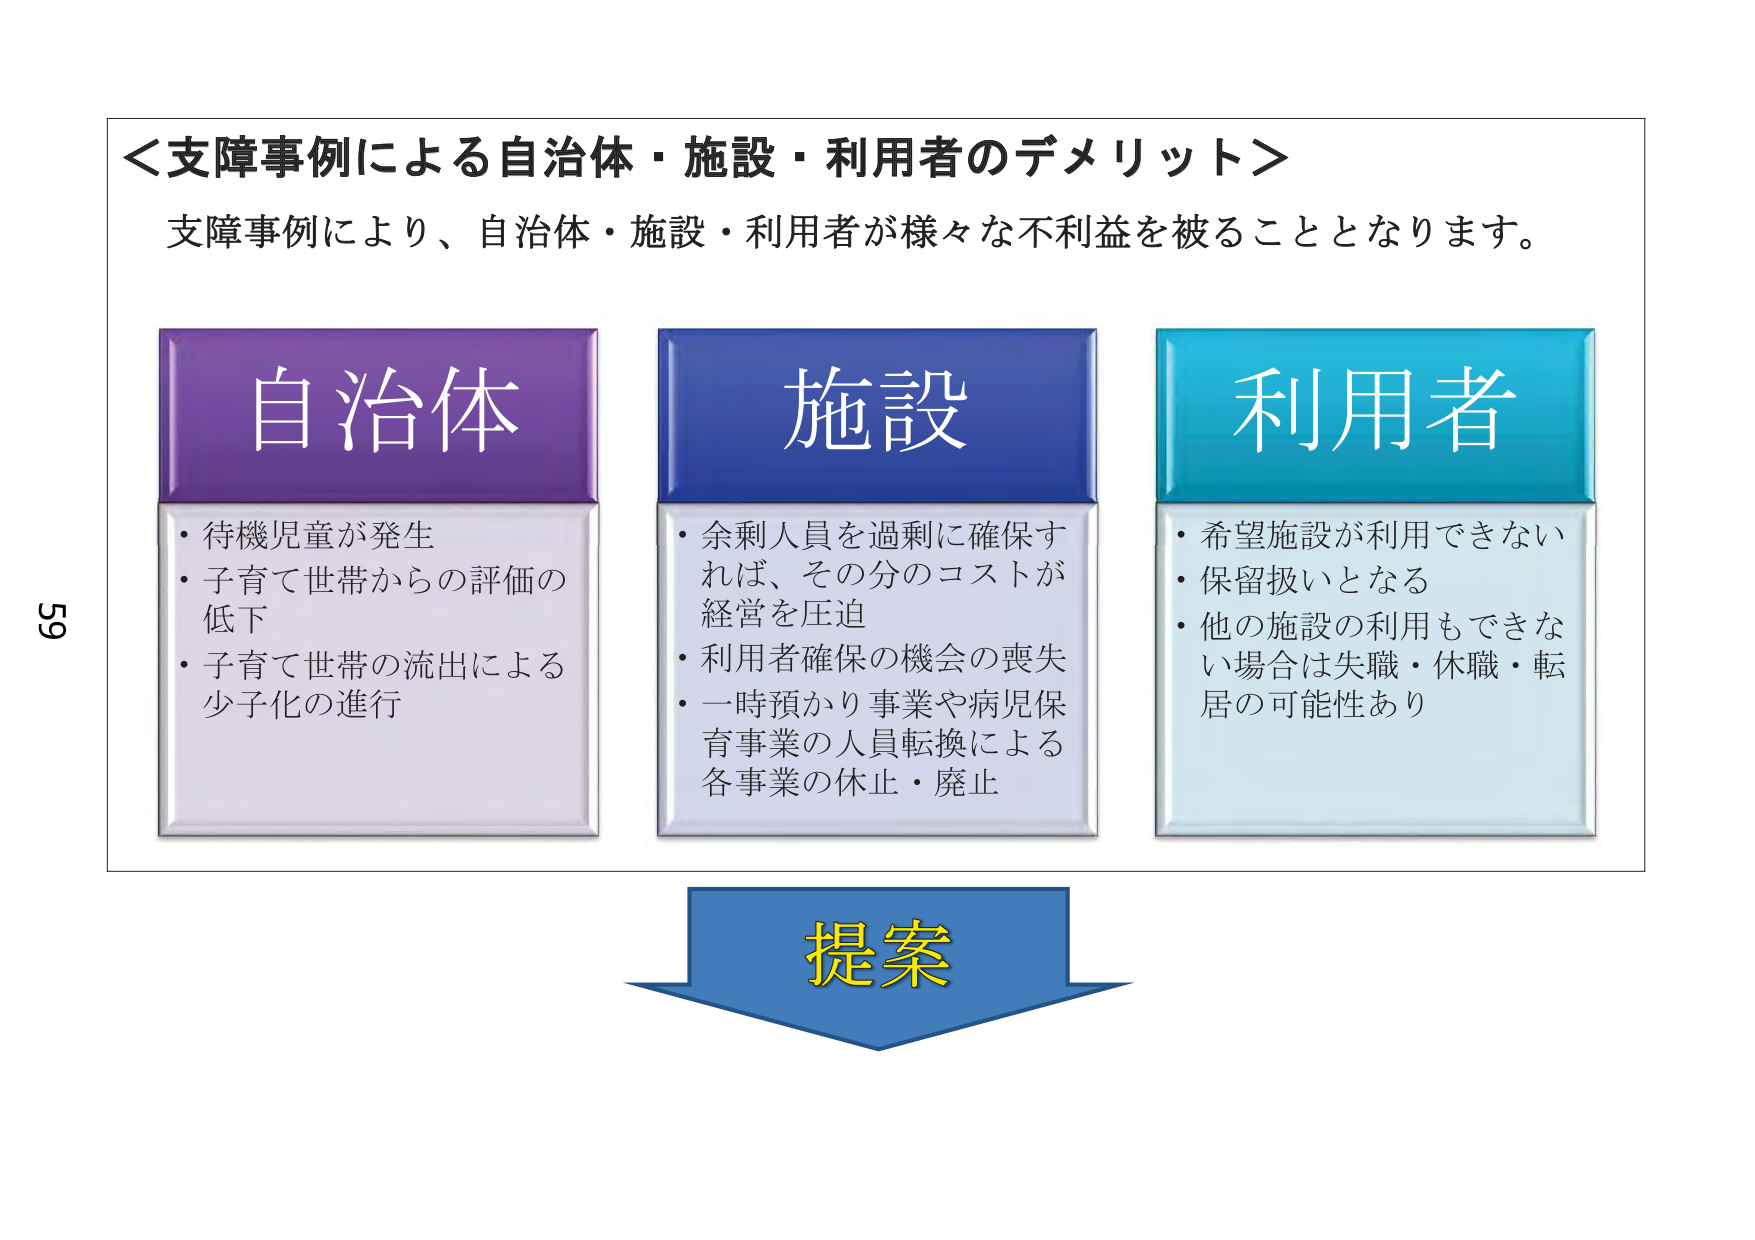
＜支障事例による自治体・施設・利用者のデメリット＞
支障事例により、自治体・施設・利用者が様々な不利益を被ることとなります。

自治体
・待機児童が発生
・子育て世帯からの評価の低下
・子育て世帯の流出による少子化の進行

施設
・余剰人員を過剰に確保すれば、その分のコストが経営を圧迫
・利用者確保の機会の喪失
・一時預かり事業や病児保育事業の人員転換による各事業の休止・廃止

利用者
・希望施設が利用できない
・保留扱いとなる
・他の施設の利用もできない場合は失職・休職・転居の可能性あり

提案

59